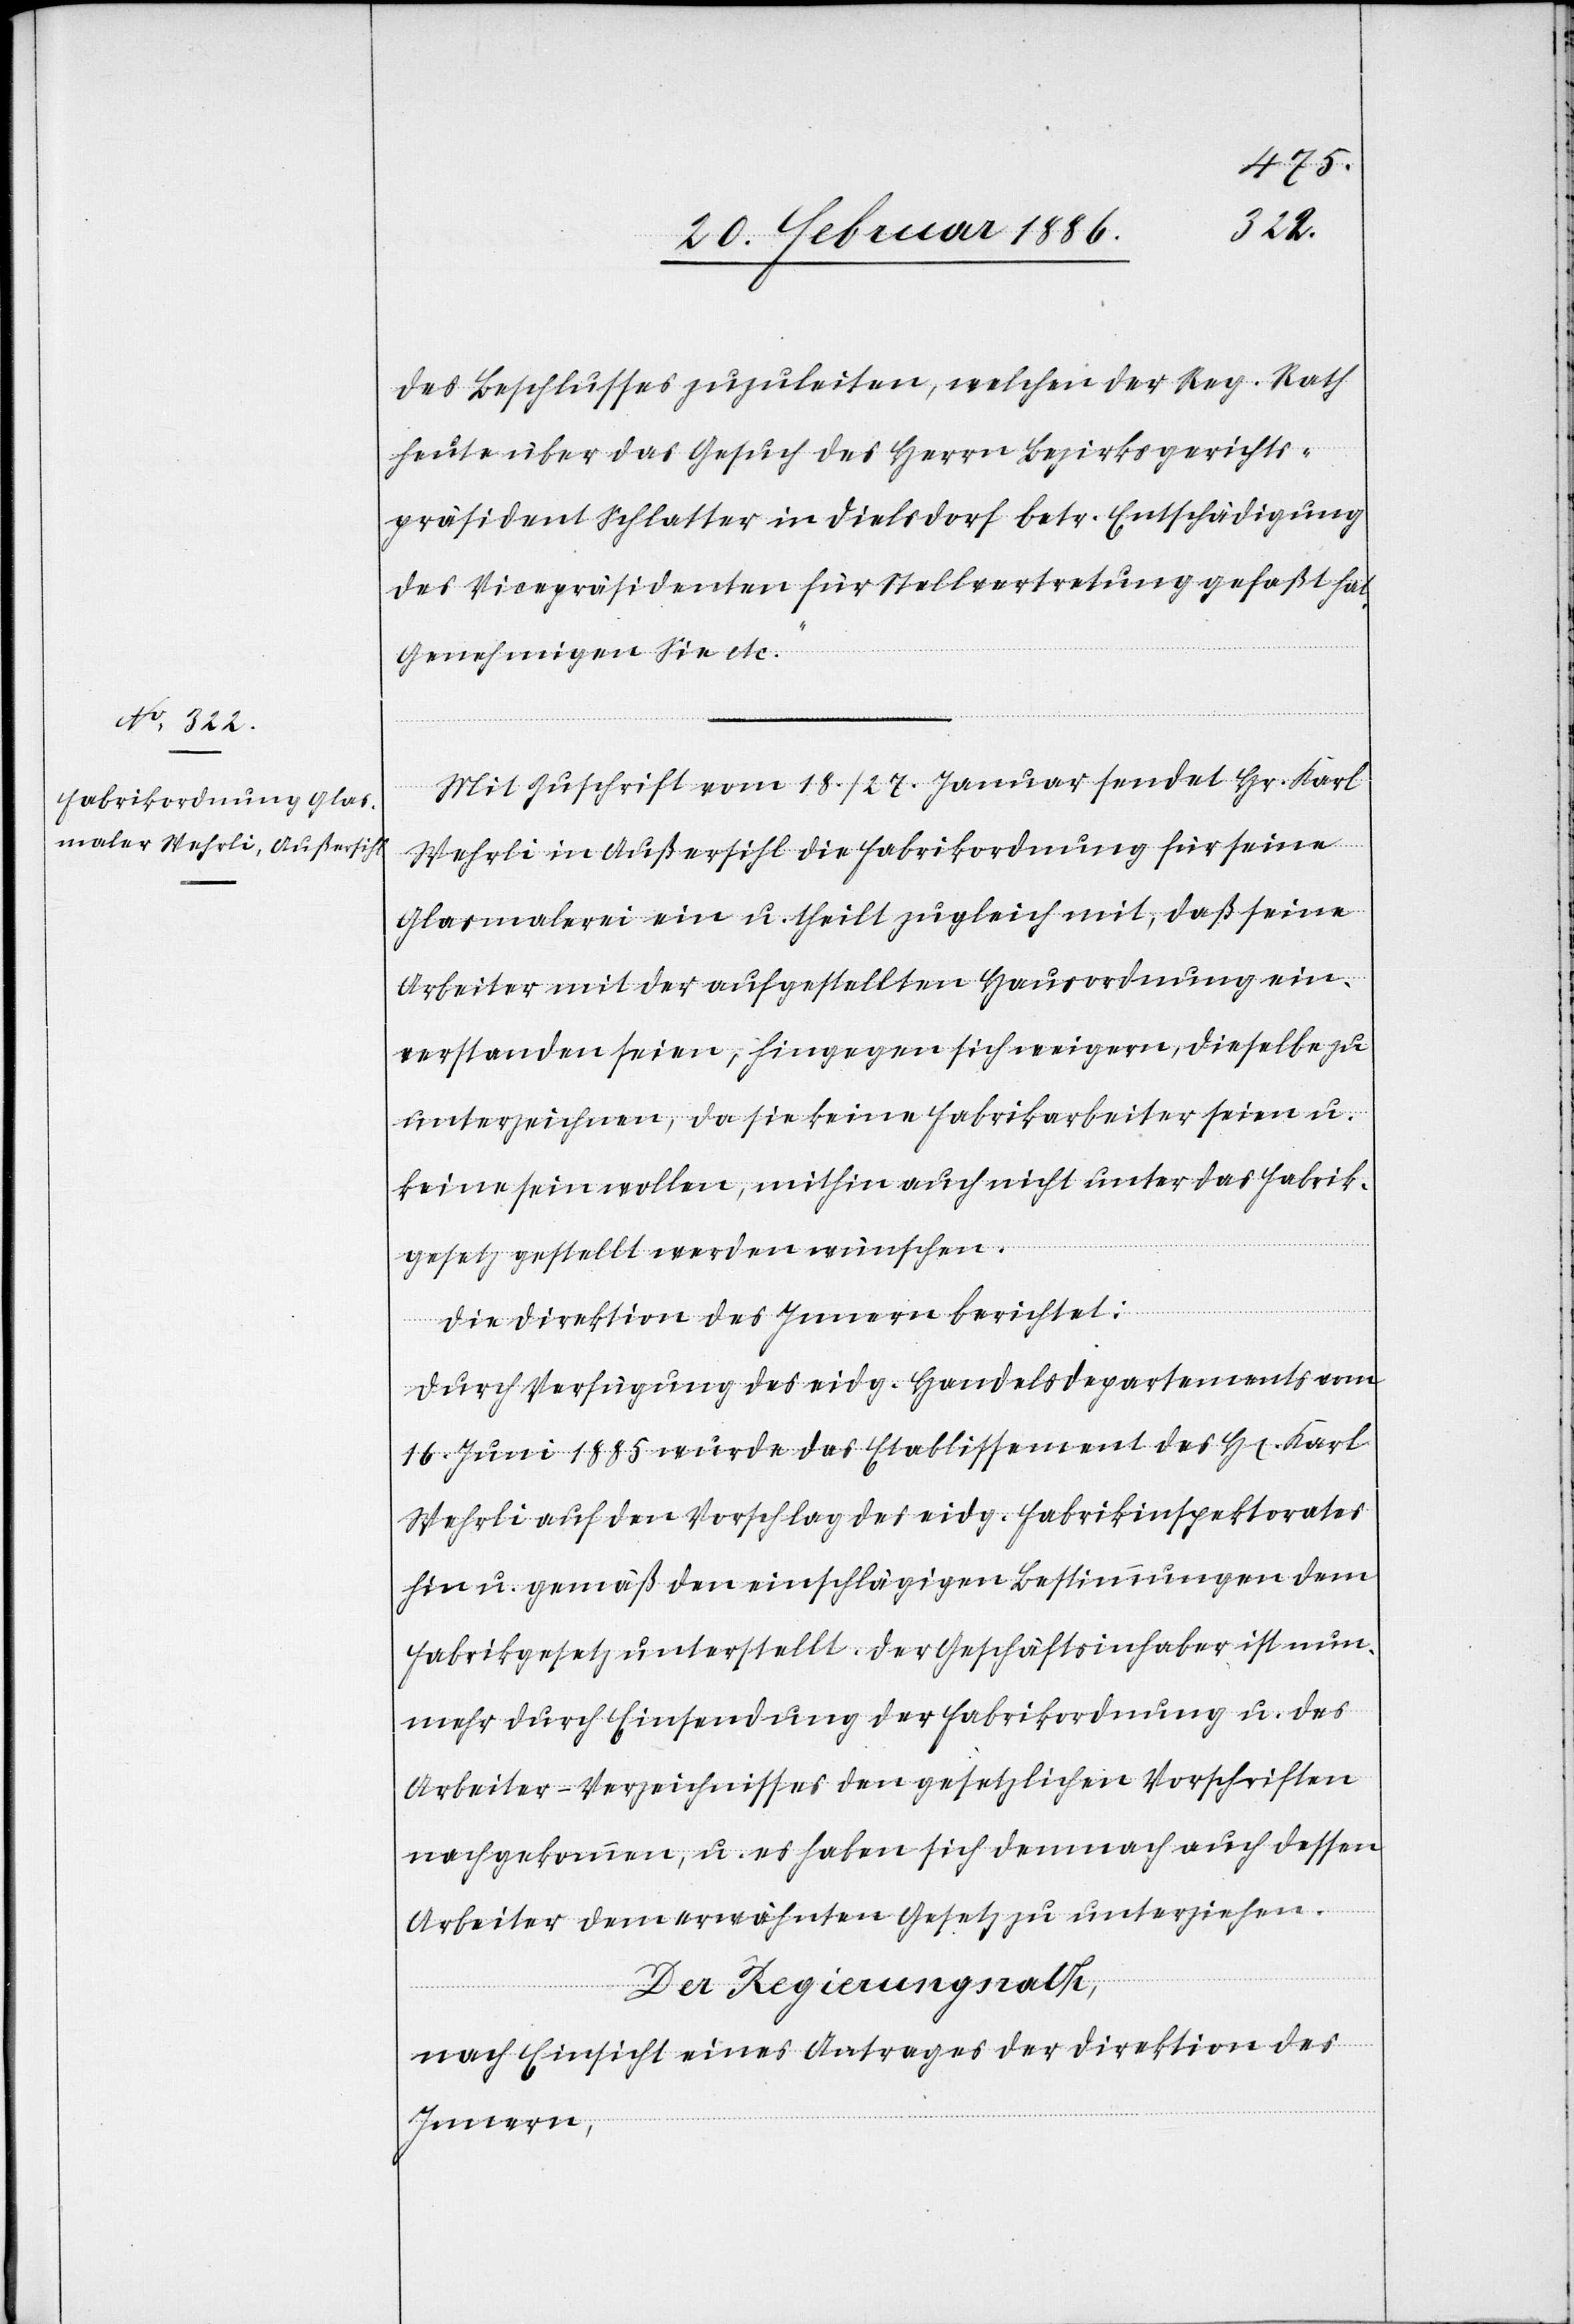
des Beschlusses zuzuleiten, welchen der Reg. Rath
heute über das Gesuch des Herrn Bezirksgerichts¬
präsident Schlatter in Dielsdorf betr. Entschädigung
des Vicepräsidenten für Stellvertretung gefaßt hat,
Genehmigen Sie etc.“
Mit Zuschrift vom 18./ 27. Januar sendet Hr. Karl
Wehrli in Außersihl die Fabrikordnung für seine
Glasmalerei ein u. theilt zugleich mit, daß seine
Arbeiter mit der aufgestellten Hausordnung ein¬
verstanden seinen; hingegen sich weigern, dieselbe zu
unterzeichnen, da sie keine Fabrikarbeiter seien u.
keine sein wollen, mithin auch nicht unter das Fabrik¬
gesetzt gestellt werden wünschen.
Die Direktion des Innern berichtet:
Durch Verfügung des eidg. Handelsdepartements am
16. Juni 1885 wurde das Etablissement des H[errn] Karl
Wehrli auf den Vorschlag des eidg. Fabrikinspektorates
hin u. gemäß den einschlägigen Bestimmungen dem
Fabrikgesetz unterstellt. Der Geschäftsinhaber ist nun¬
mehr durch Einsendung der Fabrikordnung u. des
Arbeiter-Verzeichnisses den gesetzlichen Vorschriften
nachgekommen, u. es haben sich demnach auch dessen
Arbeiter dem erwähnten Gesetz zu unterziehen.
Der Regierungsrath,
nach Einsicht eines Antrages der Direktion des
Innern,